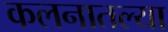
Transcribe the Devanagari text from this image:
कलनातल्या